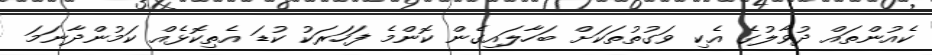
ކެއުންތައް ދުވާލުގެ އެކި ވަގުތުތަކަށް ބަހާލައިގެން ކޮންމެ ފަހަރަކު ކުޑަ އެތިކޮޅެއް ކަމުންދާނަމަ